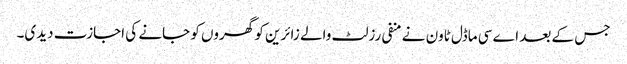
جس کے بعد اے سی ماڈل ٹاون نے منفی رزلٹ والے زائرین کو گھروں کو جانے کی اجازت دیدی۔